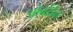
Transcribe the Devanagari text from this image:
ओबर्रहेन